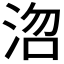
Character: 𭰞